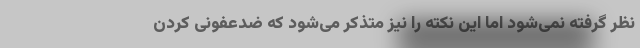
نظر گرفته نمی‌شود اما این نکته را نیز متذکر می‌شود که ضدعفونی کردن